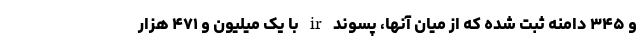
و ۳۴۵ دامنه ثبت شده که از میان آنها، پسوند ir با یک میلیون و ۴۷۱ هزار